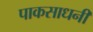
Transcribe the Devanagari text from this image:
पाकसाधनी